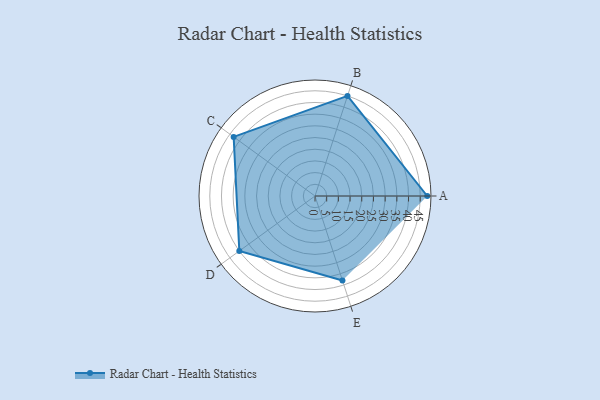
{"axis": {"x": "Skill", "y": "Score"}, "legend": ["Profile"], "data": [{"x": "A", "y": 48.0, "type": "Profile"}, {"x": "B", "y": 45.0, "type": "Profile"}, {"x": "C", "y": 43.0, "type": "Profile"}, {"x": "D", "y": 40.0, "type": "Profile"}, {"x": "E", "y": 38.0, "type": "Profile"}]}